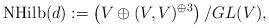
LaTeX: \begin{align*}\mathrm{NHilb}(d):=\left(V\oplus (V, V)^{\oplus 3}\right)^{}/GL(V),\end{align*}